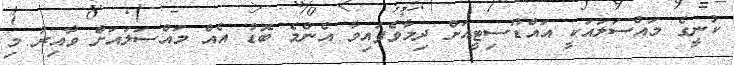
ކުނީގެ މައްސަލައަކީ އައްޑޫސިޓީއަށް ދިމާވެފައިވާ އެންމެ ބޮޑު އެއް މަައްސަލައަށް ވާއިރު މި